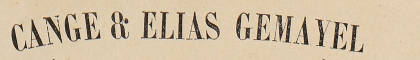
CANGE & ELIAS GEMAYEL